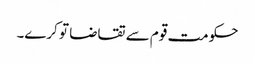
حکومت قوم سے تقاضا تو کرے۔